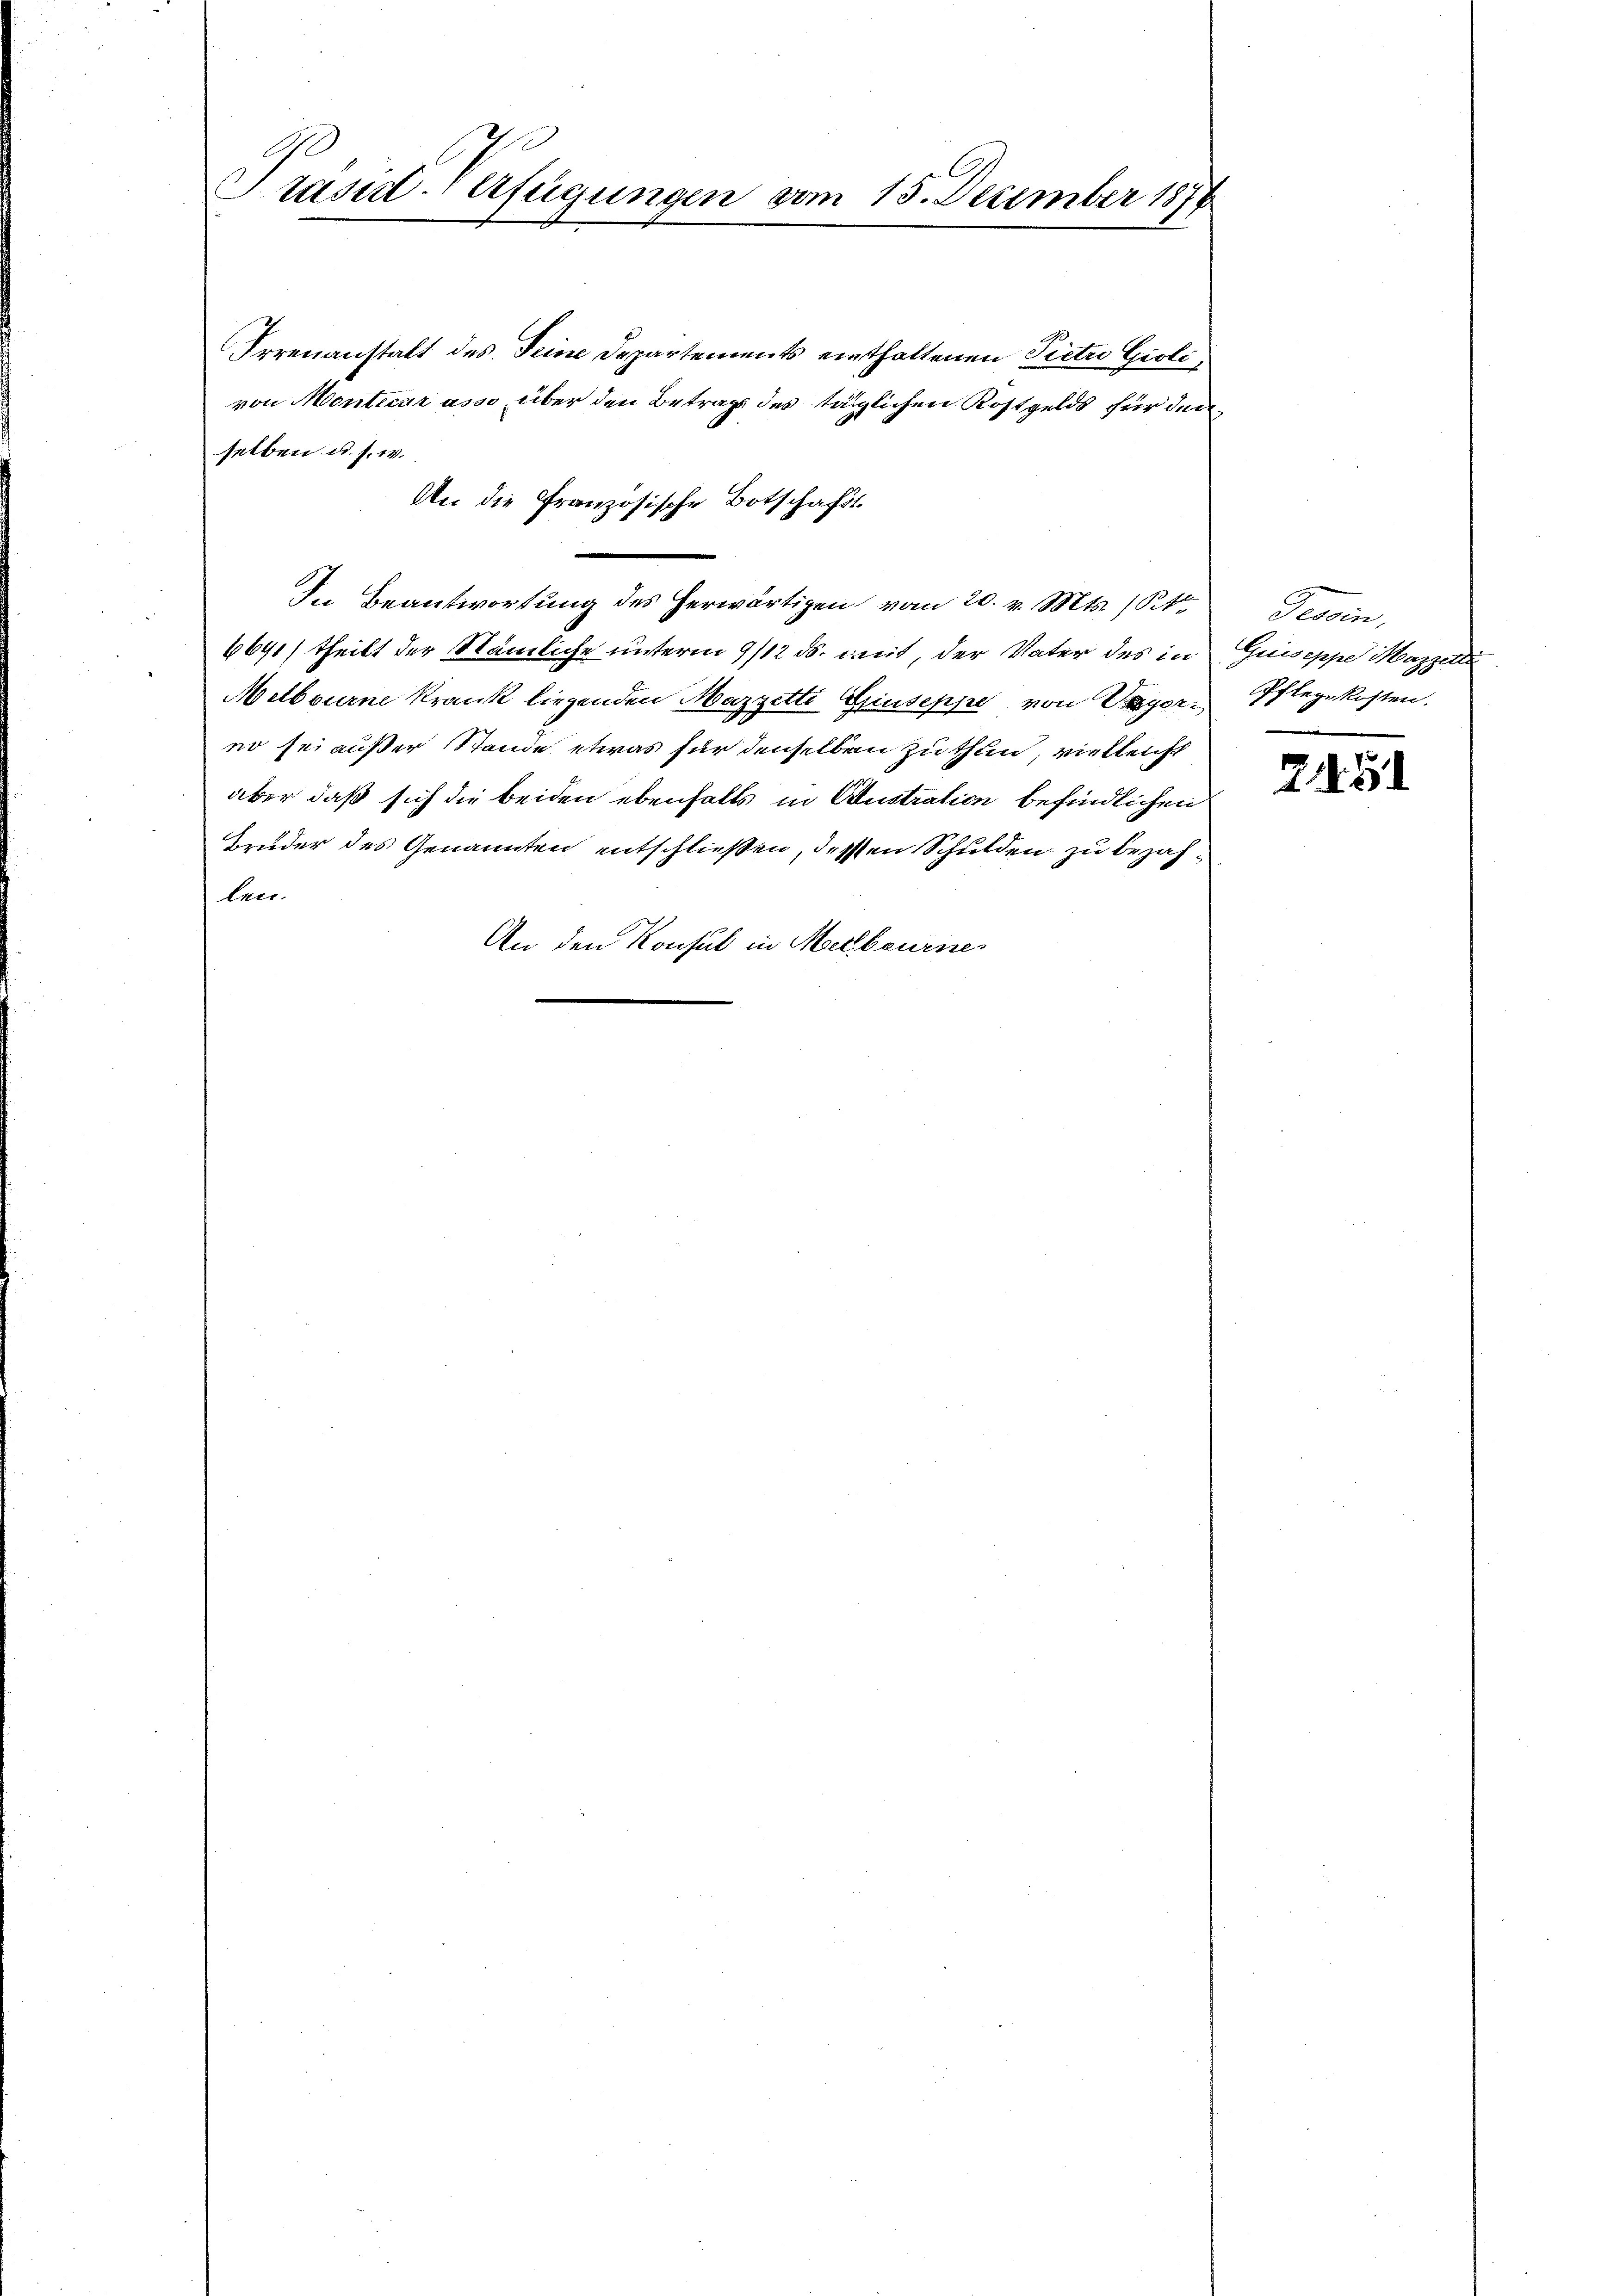
Präsidt-Verfügungen vom 15. Dezember 1878

Irrenanstalt des Seine Departements einthaltenen Pietri Gioli
von Monticar asso über den Betrags des täglichen Kostgelds für den
selben u. s. w.
An die Französische Botschafts¬
In Beantwortung des herwärtigen vom 20. v. Mts. (St.
6641) theilt der Nämliche unterm 9/12 ds. mit, der Vater des in
Melbourne Krank liegenden Mazzetti Giuseppe von Weyereo sei außer Stande etwas für denselben zu thun, vielleicht
aber daß sich die beiden ebenfalls in Constration befindlichen
Bruder des Genannten entschließen, dessen Schulden zu bezahlen.
An den Konsul in Marbourne

Tessin,
Guiseppe, Mazzelte
Pflegekosten.

215